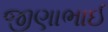
જીણાભાઈ